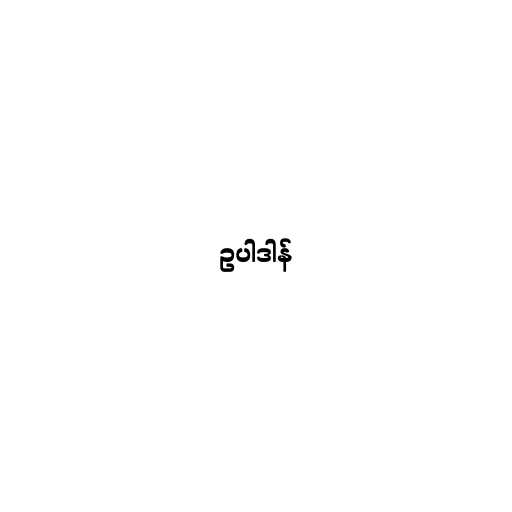
ဥပါဒါန်